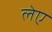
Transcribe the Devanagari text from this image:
लेए